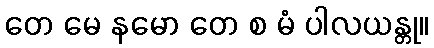
တေ မေ နမော တေ စ မံ ပါလယန္တု။